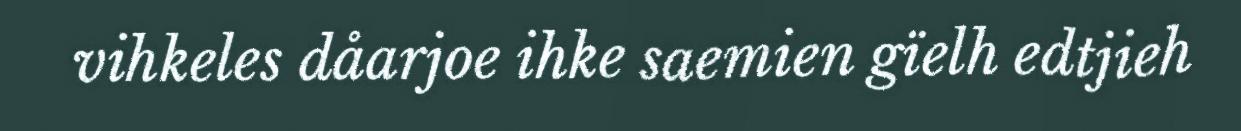
vihkeles dåarjoe ihke saemien gïelh edtjieh